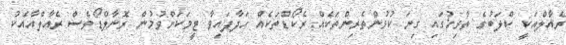
ރެއާލްއަކީ ކްލަބުގެ ތާރިޚުގައި ގިނަ ކުޅުންތެރިންތަކެއް ރެކޯޑްތަކެއް ހަދާފައިވާ ޓީމަކަށްވުމުން ރޮނާލްޑޯވެސް ރެއާލްއާއެކު